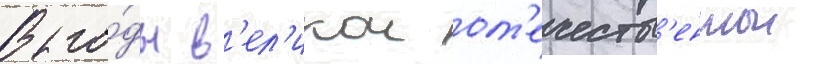
В го́ды в'ел'икои от'ечеств'еннои